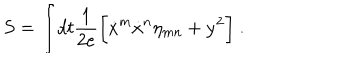
S = \int \! d t { \frac { 1 } { 2 e } } \biggl [ { \dot { x } } ^ { m } { \dot { x } } ^ { n } \eta _ { m n } + { \dot { y } } ^ { 2 } \biggr ] \ .